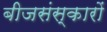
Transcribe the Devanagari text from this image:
बीजसंस्कारों